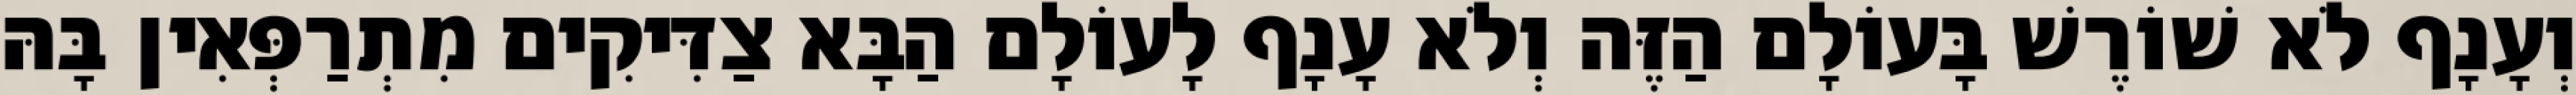
וְעָנָף לֹא שׁוֹרֶשׁ בָּעוֹלָם הַזֶּה וְלֹא עָנָף לָעוֹלָם הַבָּא צַדִּיקִים מִתְרַפְּאִין בָּהּ